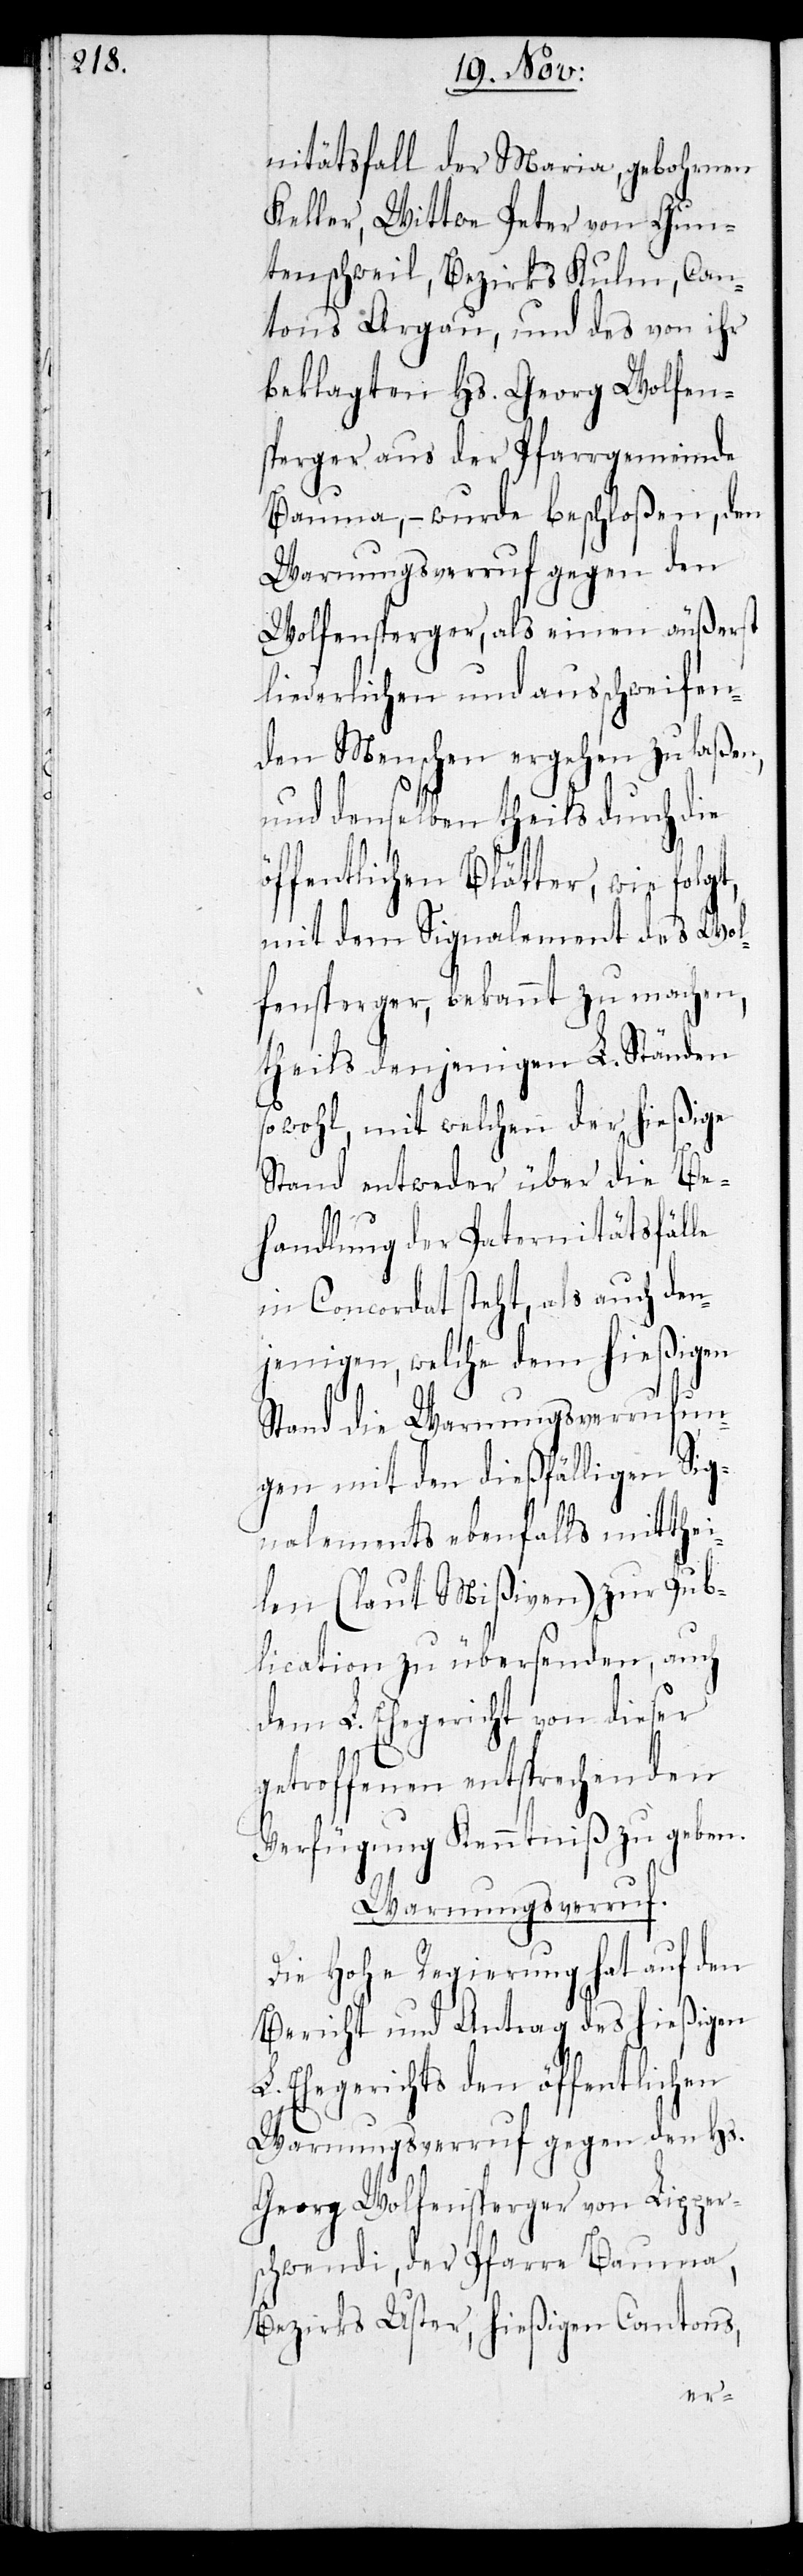
nitätsfall der Maria, gebohrnen
Keller, Wittwe Peter von Gun¬
tenschweil, Bezirk Kulm, Can¬
tons Aargau, und des von ihr
beklagten Hs. Georg Wolfen¬
sperger aus der Pfarrgemeinde
Bauma, – wurde beschloßen, den
Warnungsverruf gegen den
Wolfensperger, als einen äußerst
liederlichen und ausschweifen¬
den Menschen ergehen zu laßen
und denselben theils durch die
öffentlichen Blätter, wie folgt,
mit dem Signalement des Wol¬
fensperger, bekannt zu machen,
theils denjenigen L. Ständen
sowohl, mit welchen der hießige
Stand entweder über die Be¬
handlung der Paternitätsfälle
in Concordat steht, als auch den¬
jenigen, welche dem hießigen
Stand die Warnungsverrufun¬
gen mit den dießfälligen Sig¬
nalements ebenfalls mitthei¬
len (laut Mißiven) zur Pub¬
lication zu übersenden, auch
dem L. Ehegericht von dieser
getroffenen entsprechenden
Verfügung Kenntniß zu geben.
Warnungsverruf.
Die Hohe Regierung hat auf den
Bericht und Antrag des hießigen
L. Ehegerichts den öffentlichen
Warnungsverruf gegen den Hs.
Georg Wolfensperger von Lipper¬
schwendi, der Pfarre Bauma,
Bezirks Uster, hießigen Cantons